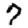
Digit: 7